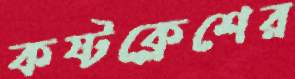
কষ্টক্লেশের